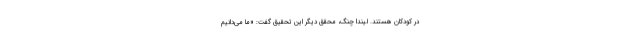
در کودکان هستند. لیندا چنگ، محقق دیگر این تحقیق گفت: «ما می‌دانیم